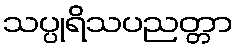
သပ္ပုရိသပညတ္တာ